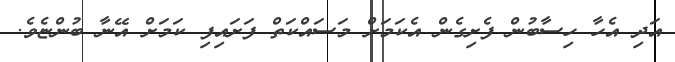
އަދި އެހާ ހިސާބުން ފެށިގެން އެކަމަށް މަސައްކަތް ފަށައިފި ކަމަށް އޭނާ ބުންޏެވެ.